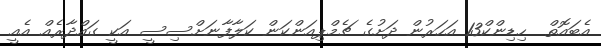
އެބައޮތް  ހިޑިންކް13 އަހަރުން ދަށުގެ ޗެމްޕިއަންކަން ކަލާފާނަށްސިސީ އަކީ ގައްދާރެެއް އެއީ